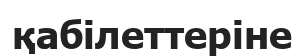
қабілеттеріне